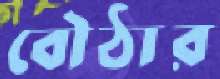
বৌঠার